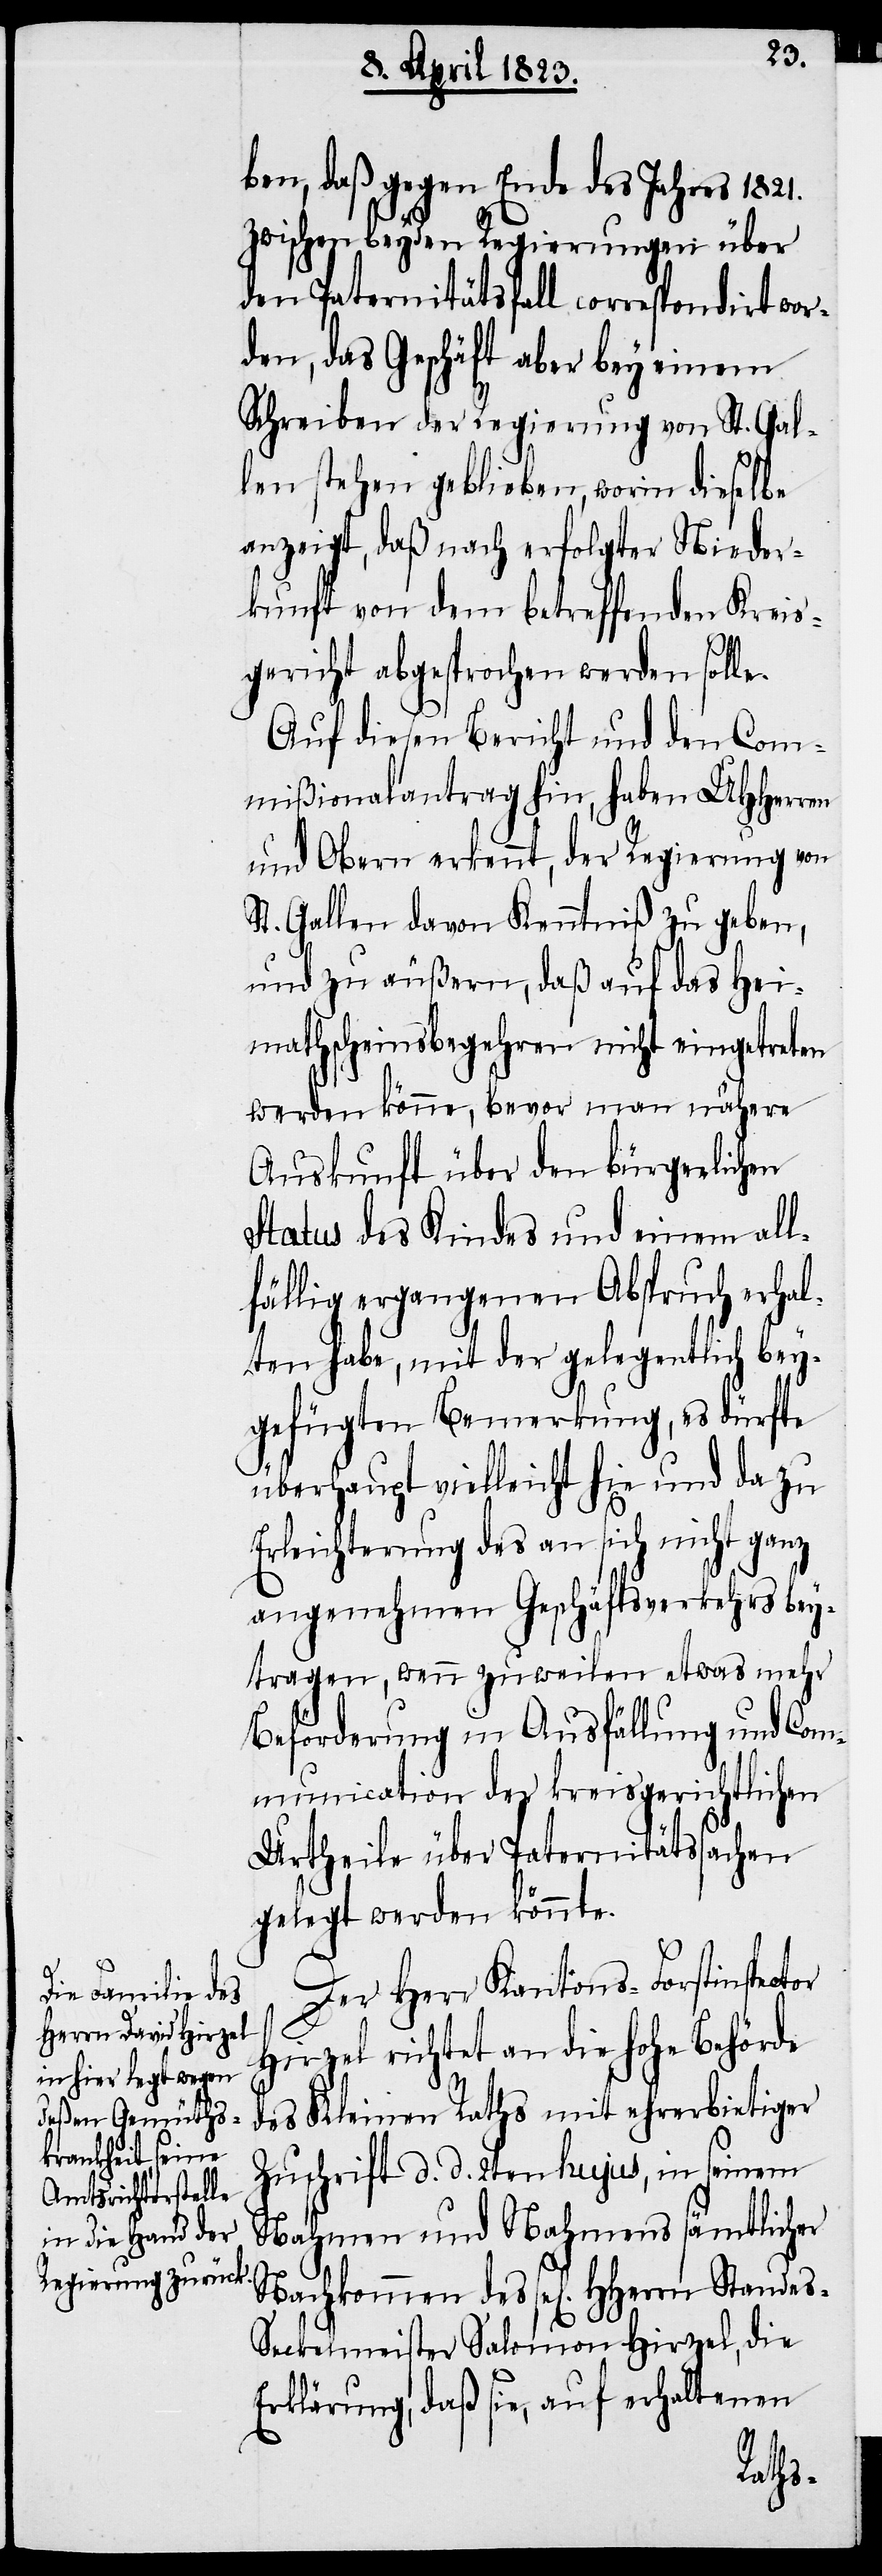
HHerrn Standes-S¬

ben, daß gegen Ende des Jahres 1821.
zwischen beyden Regierungen über
den Paternitätsfall correspondirt wor¬
den, das Geschäft aber bey einem
Schreiben der Regierung von St. Gal¬
len stehen geblieben, worin dieselbe
anzeigt, daß nach erfolgter Nieder¬
kunft von dem betreffenden Kreis¬
gericht abgesprochen werden solle.
Auf diesen Bericht und den Com¬
mißionalantrag hin, haben UHHerren
und Obern erkennt, der Regierung von
St. Gallen davon Kenntniß zu geben,
und zu äußern, daß auf das Hei¬
mathscheinsbegehren nicht eingetreten
werden könne, bevor man nähere
Auskunft über den bürgerlichen
Status des Kindes und einem all¬
fällig ergangenen Abspruch erhal¬
ten habe, mit der gelegentlich bey¬
gefügten Bemerkung, es dürfte
überhaupt vielleicht hie und da zu
Erleichterung des an sich nicht ganz
angenehmen Geschäftsverkehrs bey¬
tragen, wenn zuweilen etwas mehr
Beförderung in Ausfällung und Com¬
munication der kreisgerichtlichen
Urtheile über Paternitätssachen
gelegt werden könnte.
Der Herr Kantons-Forstinspector
Hirzel richtet an die hohe Behörde
des Kleinen Raths mit ehrerbietiger
Zuschrift d. d. 2ten hujus, in seinem
Nahmen und Nahmens sämtlicher
eckelmeister Salomon Hirzel, die
Erklärung, daß sie, auf erhaltenen